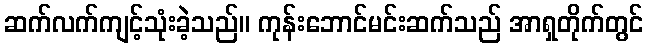
ဆက်လက်ကျင့်သုံးခဲ့သည်။ ကုန်းဘောင်မင်းဆက်သည် အာရှတိုက်တွင်